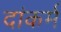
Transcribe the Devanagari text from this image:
दांकर्म